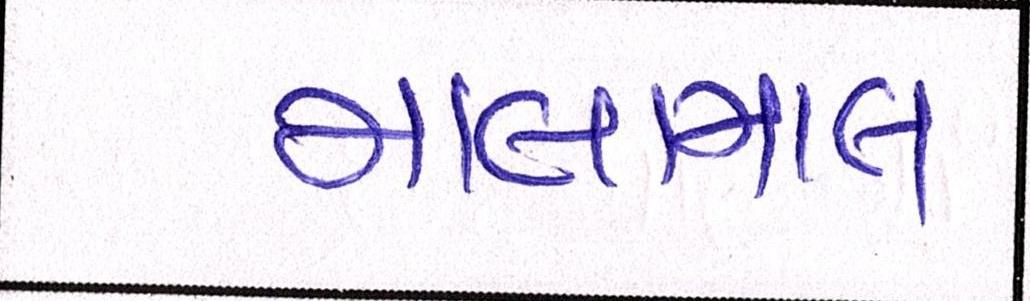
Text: માલામાલ